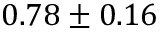
0 . 7 8 \pm 0 . 1 6